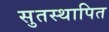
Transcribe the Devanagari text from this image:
सुतस्थापित